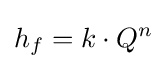
h_{f}=k\cdot Q^{n}